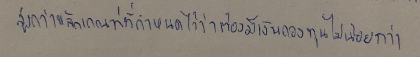
สูงกว่าหลักเกณฑ์ที่กำหนดไว้ว่าต้องมีเงินกองทุนไม่น้อยกว่า